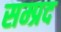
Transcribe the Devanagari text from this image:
सम्प्रद